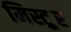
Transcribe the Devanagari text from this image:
मिस्ट्र्र्र्र